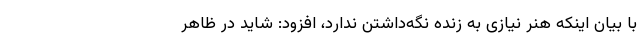
با بیان اینکه هنر نیازی به زنده نگه‌داشتن ندارد، افزود: شاید در ظاهر